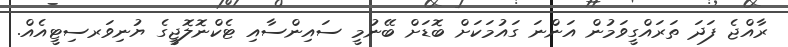
ރާއްޖެ ފަދަ ތަރައްގީވަމުން އަންނަ ގައުމަކަށް ބޮޑަށް ބޭނުމީ ސައިންސާއި ޓެކްނޮލޮޖީގެ ޔުނިވަރސިޓީއެއް.